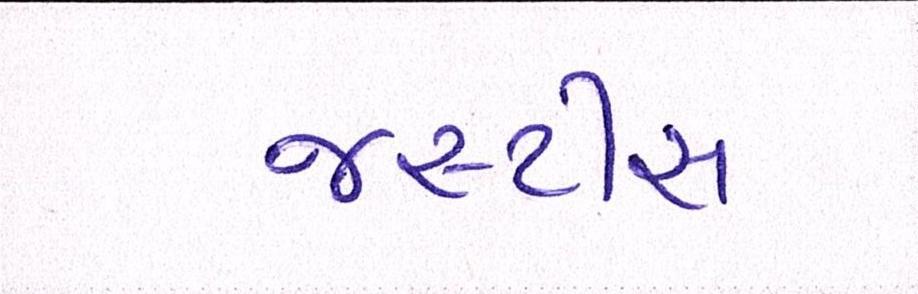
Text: જસ્ટીસ